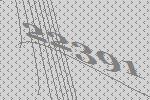
22391